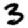
Digit: 3